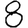
Digit: 8